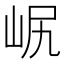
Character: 𡶋